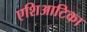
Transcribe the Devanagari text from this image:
एशिआटिका